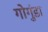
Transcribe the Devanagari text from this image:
गोगुंडा